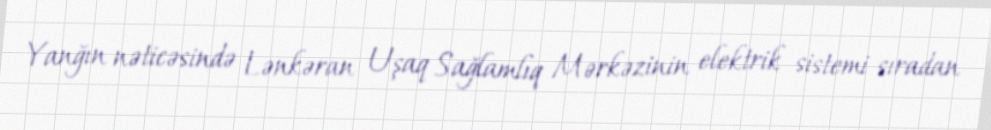
Yanğın nəticəsində Lənkəran Uşaq Sağlamlıq Mərkəzinin elektrik sistemi sıradan